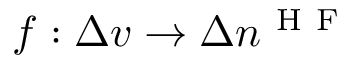
f : \Delta v \to \Delta n ^ { \mathrm { ~ H ~ F ~ } }